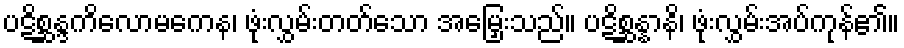
ပဋိစ္ဆန္ဒကိလောမကေန၊ ဖုံးလွှမ်းတတ်သော အမြှေးသည်။ ပဋိစ္ဆန္နာနိ၊ ဖုံးလွှမ်းအပ်ကုန်၏။